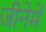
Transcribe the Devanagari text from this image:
जीनेमें